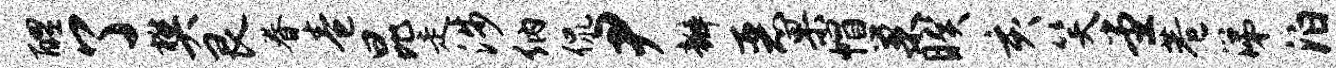
醴了樊艮眷卷昆走涉纳侃尹瓣恶果帽巢睽亥笑堂巷涕泊